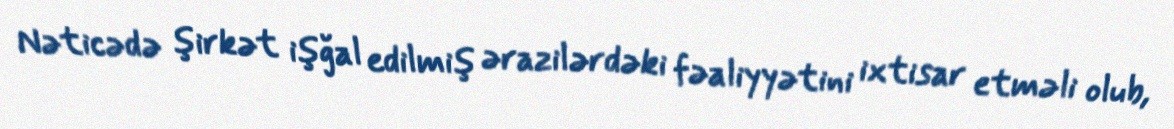
Nəticədə şirkət işğal edilmiş ərazilərdəki fəaliyyətini ixtisar etməli olub,